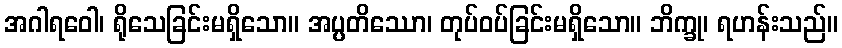
အဂါရဝေါ၊ ရိုသေခြင်းမရှိသော။ အပ္ပတိဿော၊ တုပ်ဝပ်ခြင်းမရှိသော။ ဘိက္ခု၊ ရဟန်းသည်။